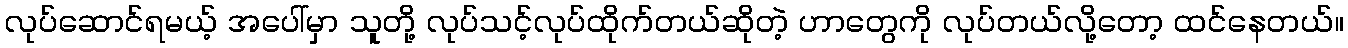
လုပ်ဆောင်ရမယ့် အပေါ်မှာ သူတို့ လုပ်သင့်လုပ်ထိုက်တယ်ဆိုတဲ့ ဟာတွေကို လုပ်တယ်လို့တော့ ထင်နေတယ်။